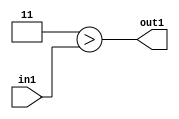
`timescale 1ps / 1ps
/*****************************************************************************
    Verilog RTL Description
    
    
    Created by: Stratus DpOpt 2019.1.01 
*******************************************************************************/

module SobelFilter_Lti3u2_1 (
	in1,
	out1
	); /* architecture "behavioural" */ 
input [1:0] in1;
output  out1;
wire  asc001;

assign asc001 = (7'B0000011>in1);

assign out1 = asc001;
endmodule

/* CADENCE  urb1Tg8= : u9/ySgnWtBlWxVPRXgAZ4Og= ** DO NOT EDIT THIS LINE ******/